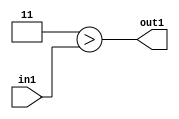
`timescale 1ps / 1ps
/*****************************************************************************
    Verilog RTL Description
    
    
    Created by: Stratus DpOpt 2019.1.01 
*******************************************************************************/

module SobelFilter_Lti3u2_1 (
	in1,
	out1
	); /* architecture "behavioural" */ 
input [1:0] in1;
output  out1;
wire  asc001;

assign asc001 = (7'B0000011>in1);

assign out1 = asc001;
endmodule

/* CADENCE  urb1Tg8= : u9/ySgnWtBlWxVPRXgAZ4Og= ** DO NOT EDIT THIS LINE ******/